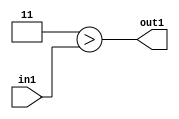
`timescale 1ps / 1ps
/*****************************************************************************
    Verilog RTL Description
    
    
    Created by: Stratus DpOpt 2019.1.01 
*******************************************************************************/

module SobelFilter_Lti3u2_1 (
	in1,
	out1
	); /* architecture "behavioural" */ 
input [1:0] in1;
output  out1;
wire  asc001;

assign asc001 = (7'B0000011>in1);

assign out1 = asc001;
endmodule

/* CADENCE  urb1Tg8= : u9/ySgnWtBlWxVPRXgAZ4Og= ** DO NOT EDIT THIS LINE ******/